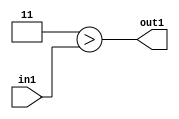
`timescale 1ps / 1ps
/*****************************************************************************
    Verilog RTL Description
    
    
    Created by: Stratus DpOpt 2019.1.01 
*******************************************************************************/

module SobelFilter_Lti3u2_1 (
	in1,
	out1
	); /* architecture "behavioural" */ 
input [1:0] in1;
output  out1;
wire  asc001;

assign asc001 = (7'B0000011>in1);

assign out1 = asc001;
endmodule

/* CADENCE  urb1Tg8= : u9/ySgnWtBlWxVPRXgAZ4Og= ** DO NOT EDIT THIS LINE ******/